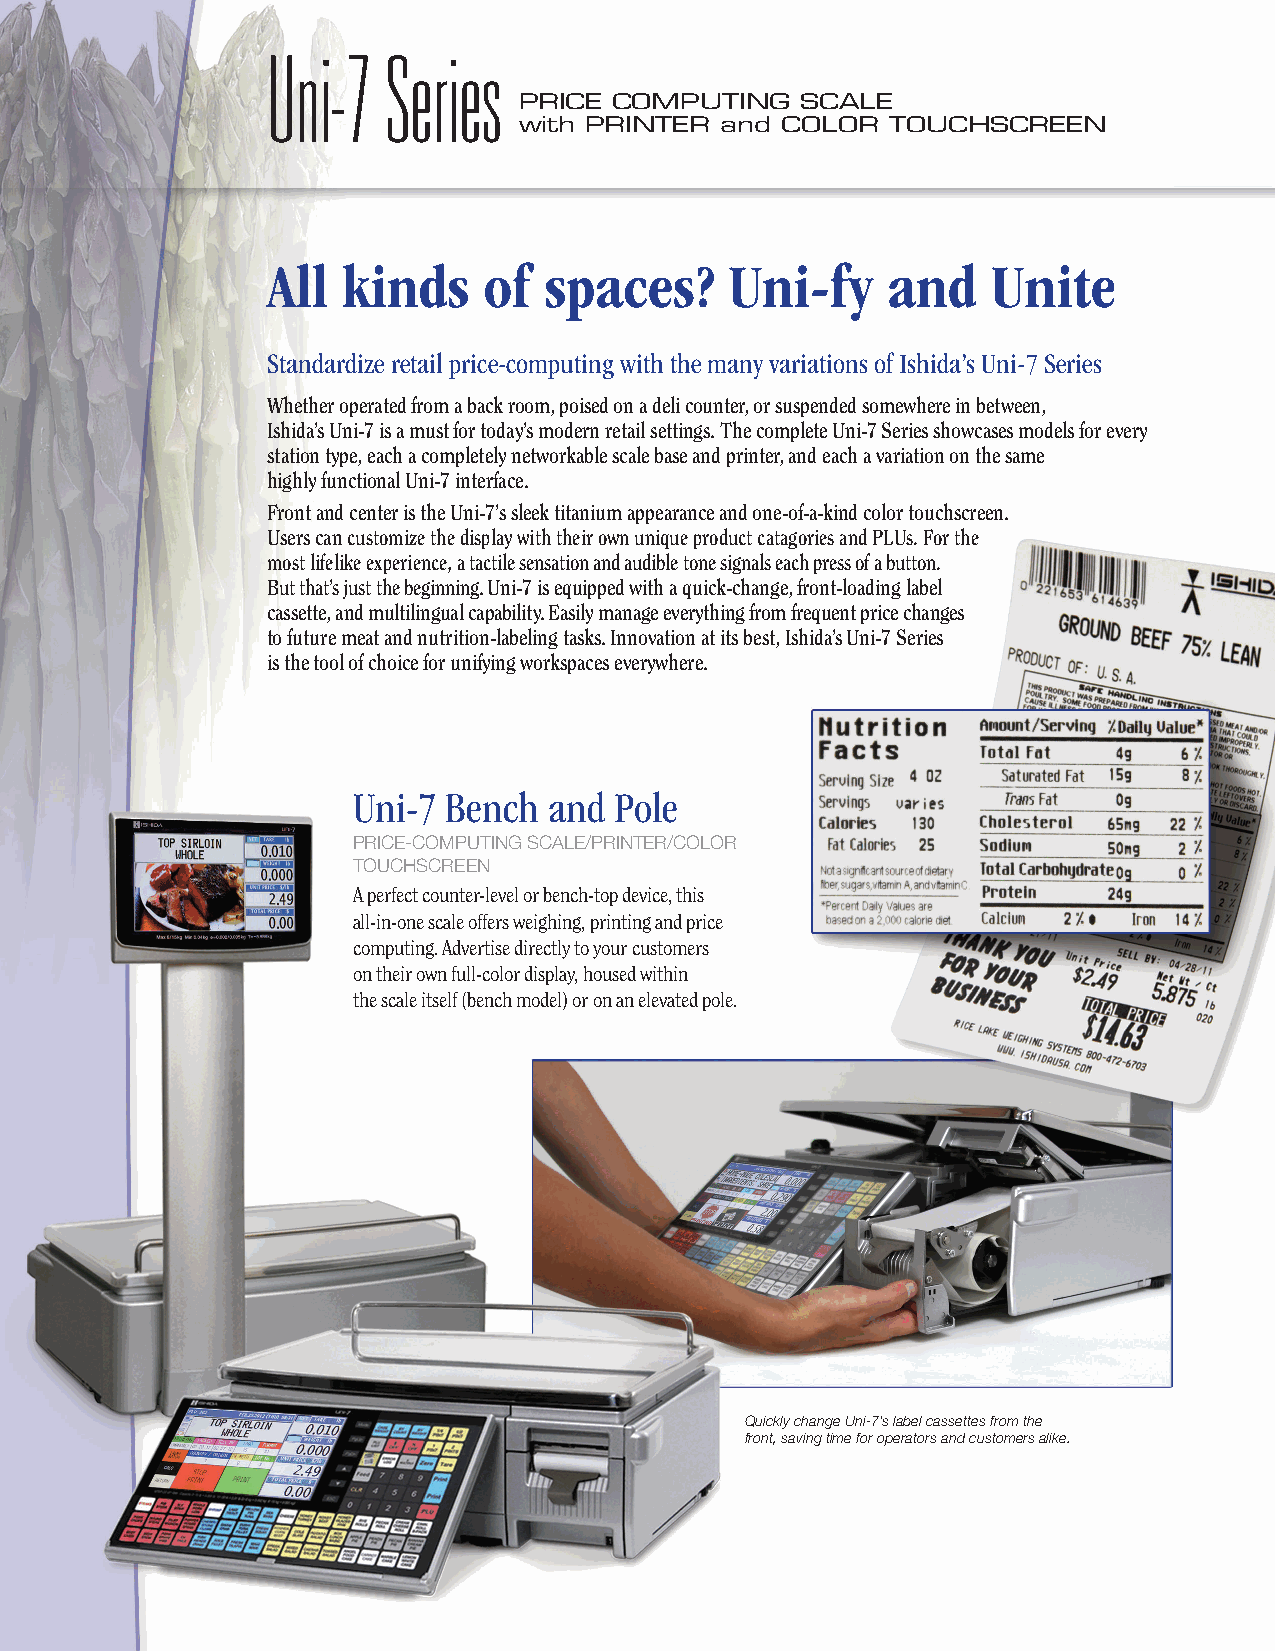
Uni-7   Series
 PRICE  COMPUTING   SCALE
 with PRINTER  and COLOR  TOUCHSCREEN
 All  kinds    of  spaces?     Uni-fy     and    Unite
 Standardize retail price-computing with the many variations of Ishida’s Uni-7 Series
 Whether operated from a back room, poised on a deli counter, or suspended somewhere in between,
 Ishida’s Uni-7 is a must for today’s modern retail settings. The complete Uni-7 Series showcases models for every
 station type, each a completely networkable scale base and printer, and each a variation on the same
 highly functional Uni-7 interface.
 Front and center is the Uni-7’s sleek titanium appearance and one-of-a-kind color touchscreen.
 Users can customize the display with their own unique product catagories and PLUs. For the
 most lifelike experience, a tactile sensation and audible tone signals each press of a button.
 But that’s just the beginning. Uni-7 is equipped with a quick-change, front-loading label
 cassette, and multilingual capability. Easily manage everything from frequent price changes
 to future meat and nutrition-labeling tasks. Innovation at its best, Ishida’s Uni-7 Series
 is the tool of choice for unifying workspaces everywhere.
 Uni-7  Bench and  Pole
 PRICE-COMPUTING SCALE/PRINTER/COLOR
 TOUCHSCREEN
 A perfect counter-level or bench-top device, this
 all-in-one scale offers weighing, printing and price
 computing. Advertise directly to your customers
 on their own full-color display, housed within
 the scale itself (bench model) or on an elevated pole.
 Quickly change Uni-7’s label cassettes from the
 front, saving time for operators and customers alike.